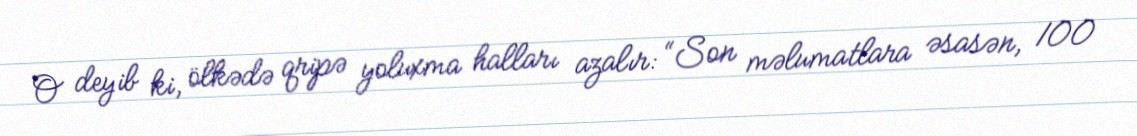
O deyib ki, ölkədə qripə yoluxma halları azalır: “Son məlumatlara əsasən, 100